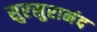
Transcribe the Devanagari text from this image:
सुरसुरानंद